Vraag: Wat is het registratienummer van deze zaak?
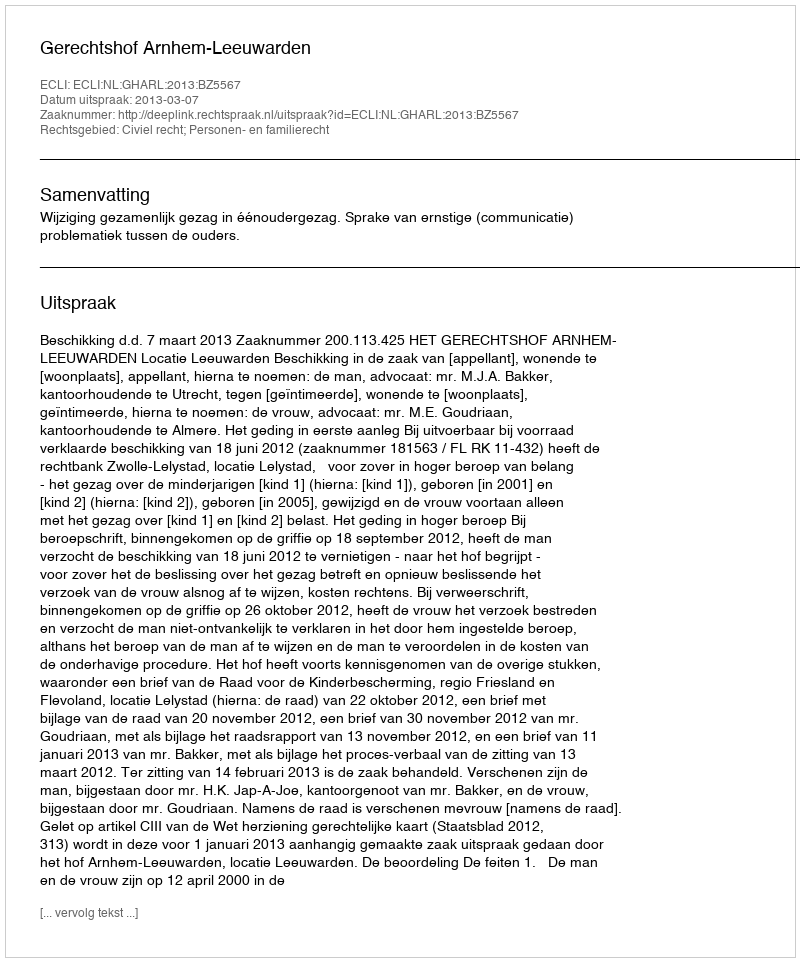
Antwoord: http://deeplink.rechtspraak.nl/uitspraak?id=ECLI:NL:GHARL:2013:BZ5567